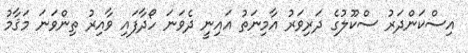
އިސްކަންދަރު ސްކޫލުގެ ދަރިވަރު އާމިނަތު އައިނީ ދެވަނަ ހޯދާފައި ވާއިރު ތިންވަނަ މަޤާމު